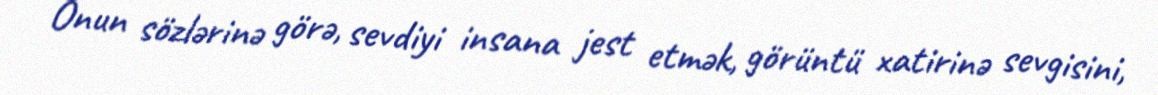
Onun sözlərinə görə, sevdiyi insana jest etmək, görüntü xatirinə sevgisini,